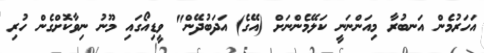
އަހަރުމެން އަނބުރާ މިއަންނަނީ ކަލޭމެންނަށް (އޭގެ) އަދަބުދޭން" ވީޑިއޯގައި މޫނު ނިވާކޮށްގެން ހުރި